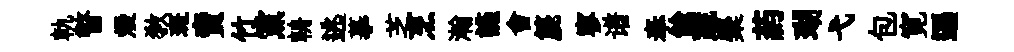
軌瞥熳教斑賣竹黨輈逃摹芝烹瀚讌會篪寥谱奉餘蔬麋葯瑚弋包寛遜